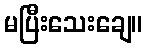
မပြီးသေးချေ။